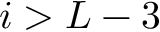
i > L - 3